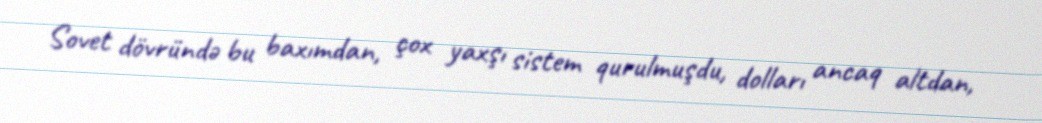
Sovet dövründə bu baxımdan, çox yaxşı sistem qurulmuşdu, dolları ancaq altdan,